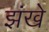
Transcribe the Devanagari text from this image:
झंखे